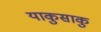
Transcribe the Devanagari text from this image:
याकुसाकु